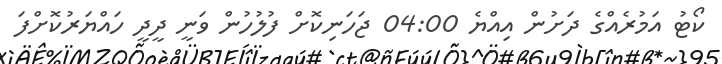
ކޯޓު އަމުރެއްގެ ދަށުން އިއްޔެ 04:00 ޖަހަނިކޮށް ފުލުހުން ވަނީ ދީދީ ހައްޔަރުކޮށްފަ